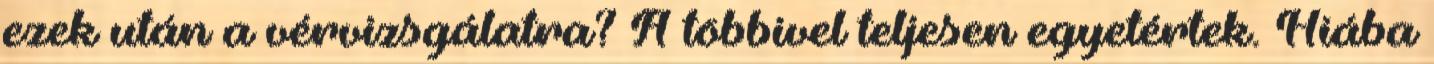
ezek után a vérvizsgálatra? A többivel teljesen egyetértek. Hiába